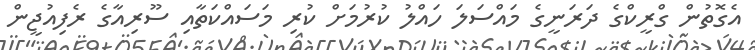
އެގޮތުން ގްރީކްގެ ދަރަނީގެ މައްސަލަ ހައްލު ކުރުމަށް ކުރި މަސައްކަތާއި ސޫރިއާގެ ރެފިއުޖީން